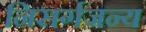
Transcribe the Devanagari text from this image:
निसर्गजन्य